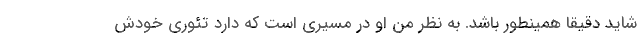
شاید دقیقا همینطور باشد. به نظر من او در مسیری است که دارد تئوری خودش